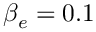
\beta _ { e } = 0 . 1